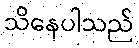
သိနေပါသည်